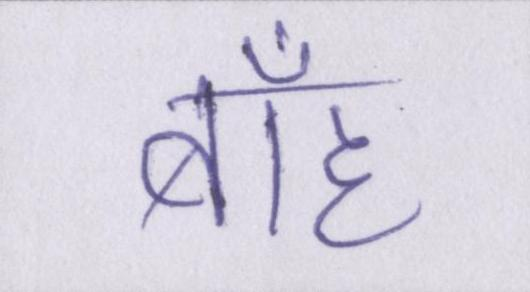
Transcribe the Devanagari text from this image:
बाँह